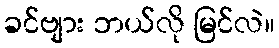
ခင်ဗျား ဘယ်လို မြင်လဲ။